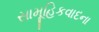
સામૂહિકવાદના